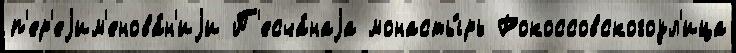
п'ер'еjим'енова́н'иjи П'есча́наjа монасты́рь Рокоссовскогоул'ица